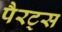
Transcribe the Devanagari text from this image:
पैरट्स